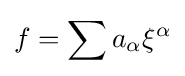
f=\sum a_{\alpha }\xi ^{\alpha }